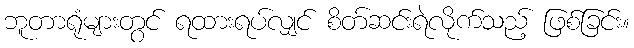
ဘူတာရုံများတွင် ရထားရပ်လျှင် စိတ်ဆင်းရဲလိုက်သည့် ဖြစ်ခြင်း။